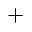
^ { + }